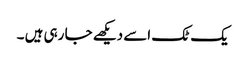
یک ٹک اسے دیکھے جا رہی ہیں ۔